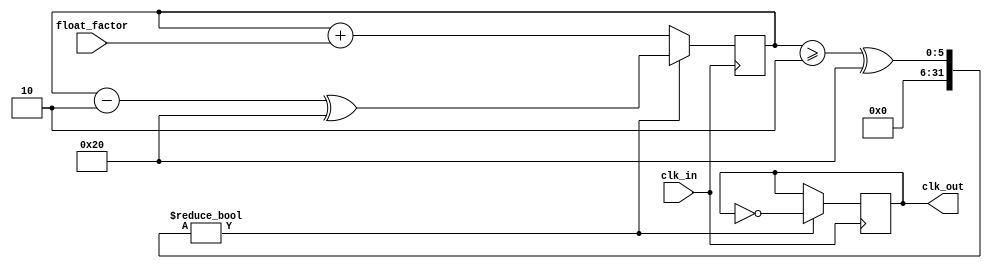
module floating_point_clock_divider (
    input wire clk_in,
    input wire [31:0] float_factor,
    output wire clk_out
);

reg [31:0] count;
reg clk_out_reg;
wire clk_out_sync;

always @(posedge clk_in) begin
    count <= count + float_factor;
    if (count >= 2^32) begin
        count <= count - 2^32;
        clk_out_reg <= ~clk_out_reg;
    end
end

assign clk_out_sync = clk_out_reg;
assign clk_out = clk_out_sync;

endmodule